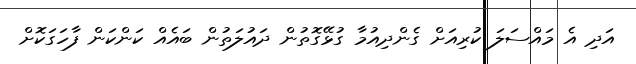
އަދި އެ މައްސަލަ ކުރިއަށް ގެންދިއުމާ ގުޅޭގޮތުން ދައުލަތުން ބައެއް ކަންކަން ފާހަގަކޮށް